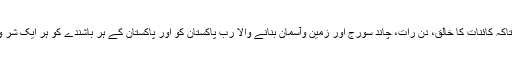
ساری قوم مل کر استغفار پڑھے تاکہ کائنات کا خالق، دن رات، چاند سورج اور زمین وآسمان بنانے والا رب پاکستان کو اور پاکستان کے ہر باشندے کو ہر ایک شر والے کے شر سے محفوظ رکھے۔